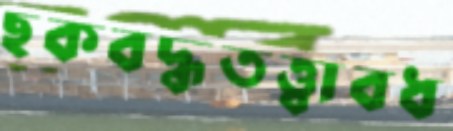
ছকবদ্ধতত্ত্বাবধ